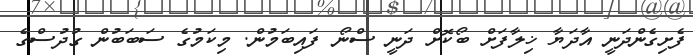
ފެށިގެންދަނީ އާދަޔާ ޚިލާފަށް ބޯކޮށް ދަނީ ސްނޯ ފައިބަމުން. މިކަމުގެ ސަބަބުން ގުދުސްގެ